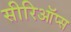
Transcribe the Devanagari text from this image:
सीरिऑप्स